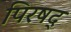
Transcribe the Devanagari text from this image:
पिरषद्